Vaccination in Burma 1889-1999 - 1889-1999
Year: 1889
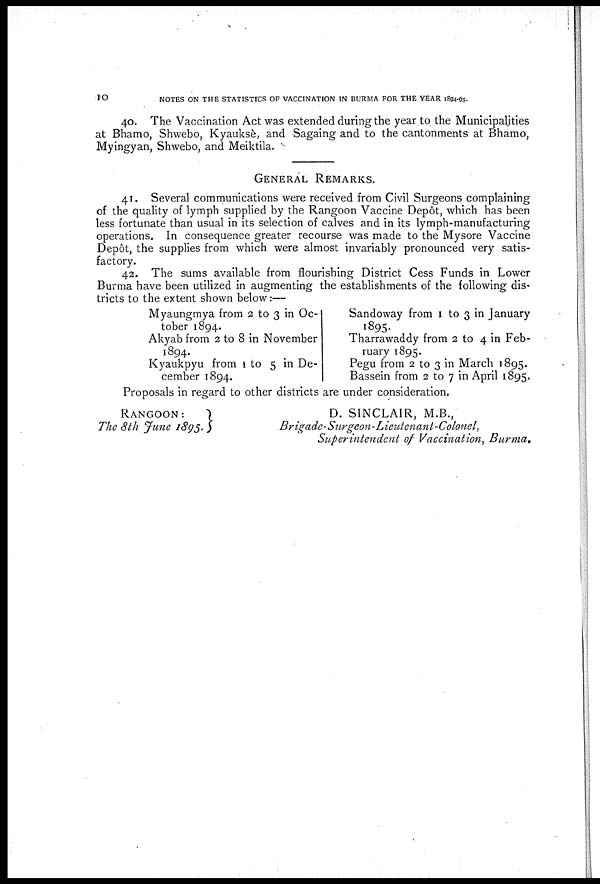
10
NOTES ON THE STATISTICS OF VACCINATION IN BURMA FOR THE YEAR 1894-95.
40. The Vaccination Act was extended during the year to the Municipalities
at Bhamo, Shwebo, Kyauksè, and Sagaing and to the cantonments at Bhamo,
Myingyan, Shwebo, and Meiktila.
GENERAL REMARKS.
41. Several communications were received from Civil Surgeons complaining
of the quality of lymph supplied by the Rangoon Vaccine Depôt, which has been
less fortunate than usual in its selection of calves and in its lymph-manufacturing
operations. In consequence greater recourse was made to the Mysore Vaccine
Depôt, the supplies from which were almost invariably pronounced very satis-
factory.
42. The sums available from flourishing District Cess Funds in Lower
Burma have been utilized in augmenting the establishments of the following dis-
tricts to the extent shown below:—
Myaungmya from 2 to 3 in Oc-
tober 1894.
Akyab from 2 to 8 in November
1894.
Kyaukpyu from 1 to 5 in De-
cember 1894.
Sandoway from 1 to 3 in January
1895.
Tharrawaddy from 2 to 4 in Feb-
ruary 1895.
Pegu from 2 to 3 in March 1895.
Bassein from 2 to 7 in April 1895.
Proposals in regard to other districts are under consideration.
RANGOON:
The 8th June 1895.
D. SINCLAIR, M.B.,
Brigade-Surgeon-Lieutenant-Colonel,
Superintendent of Vaccination, Burma.